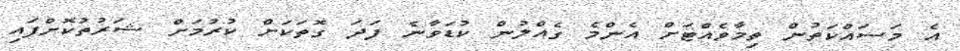
އެ މަސައްކަތުން ތިމާވެއްޓަށް އެންމެ ގެއްލުން ކުޑަވާނެ ފަދަ ގޮތަކަށް ކުރުމަށް ޝަރުތުކޮށްފައި